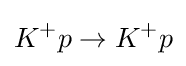
K^{+}p\to K^{+}p